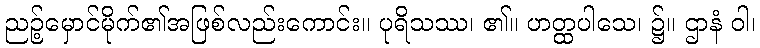
ညဉ့်မှောင်မိုက်၏အဖြစ်လည်းကောင်း။ ပုရိသဿ၊ ၏။ ဟတ္ထပါသေ၊ ၌။ ဌာနံ ဝါ၊